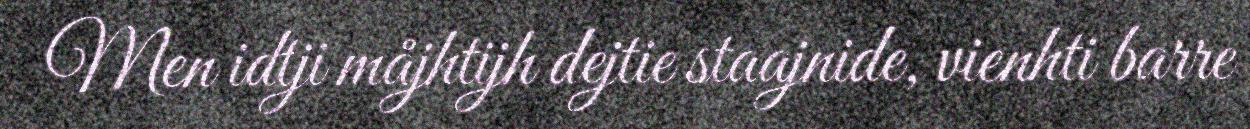
Men idtji måjhtijh dejtie staajnide, vienhti barre